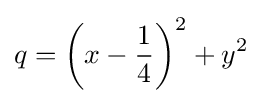
q=\left(x-{\frac {1}{4}}\right)^{2}+y^{2}